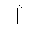
Letter: _alif